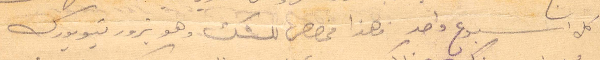
في كل أسبوع واحد فهذا مخصص للشك وهو يزور نيويورك